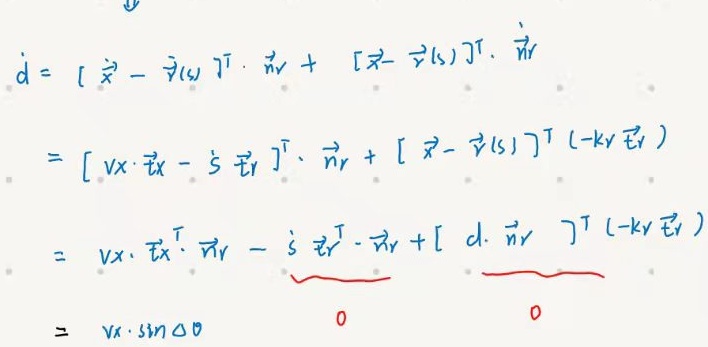
\[
\begin{align*}
\dot{d}&= [\dot{\vec{x}}-\vec{v}(s)]^{\top}\cdot \vec{n}_r + [\vec{x}-\vec{r}(s)]^{\top}\cdot \dot{\vec{n}}_r\\
&= [v_x\cdot \vec{e}_x - \dot{s}\vec{e}_r]^{\top}\cdot \vec{n}_r + [\vec{x}-\vec{r}(s)]^{\top}(-k_r\vec{e}_t)\\
&= v_x\cdot \vec{e}_x^{\top}\cdot \vec{n}_r - \dot{s}\vec{e}_r^{\top}\cdot \vec{n}_r + [d\cdot \vec{n}_r]^{\top}(-k_r\vec{e}_t)\\
&= v_x\cdot \sin\Delta\theta + \underbrace{0}_{-\dot{s}\vec{e}_r^{\top}\cdot \vec{n}_r}+\underbrace{0}_{[d\cdot \vec{n}_r]^{\top}(-k_r\vec{e}_t)}
\end{align*}
\]